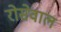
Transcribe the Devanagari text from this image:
रोसेवाल